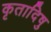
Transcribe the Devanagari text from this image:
कृतादिषु